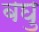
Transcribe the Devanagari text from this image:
बघु